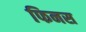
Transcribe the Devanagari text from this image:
फिनस